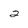
Character: 2